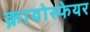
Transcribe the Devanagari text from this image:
क्रायोस्फेयर